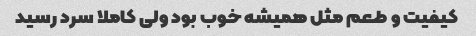
کیفیت و طعم مثل همیشه خوب بود ولی کاملا سرد رسید